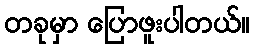
တခုမှာ ပြောဖူးပါတယ်။